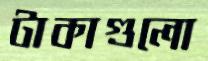
টাকাগুলো